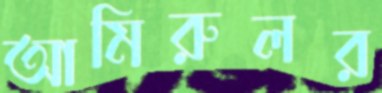
আমিরুলর